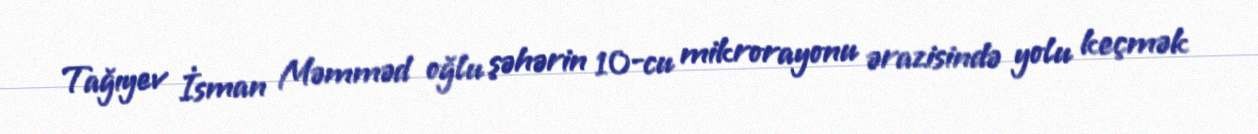
Tağıyev İsman Məmməd oğlu şəhərin 10-cu mikrorayonu ərazisində yolu keçmək